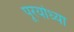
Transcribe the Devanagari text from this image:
पूरयोध्या